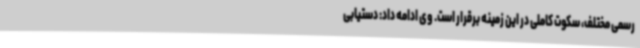
رسمی مختلف، سکوت کاملی در این زمینه برقرار است. وی ادامه داد: دستیابی